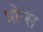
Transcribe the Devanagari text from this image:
प्रोप्स